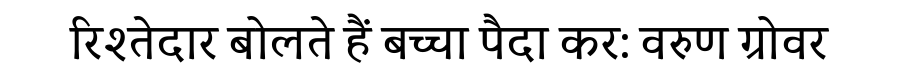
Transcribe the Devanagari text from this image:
रिश्तेदार बोलते हैं बच्चा पैदा कर: वरुण ग्रोवर